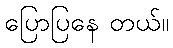
ပြောပြနေ တယ်။